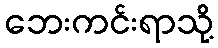
ဘေးကင်းရာသို့